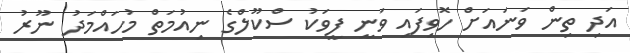
އަދި ތިން ވަނައަށް ހޮވިފައި ވަނީ ފީވަކު ސްކޫލްގެ ނިއުމަތް މުހައްމަދު ނޫރު